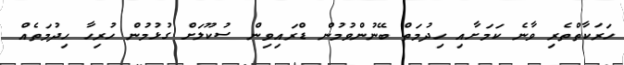
ހަރަކާތްތެރި ވާނެ ކަމަށާއި ހިދުމަތް ބޭނުންވުމުން ޑްރައިވިން ސުކޫލަށް ގުޅުމުން ހުރިހާ ހިދުމަތެއް